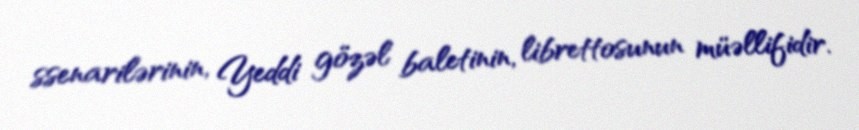
ssenarilərinin, Yeddi gözəl baletinin, librettosunun müəllifidir.